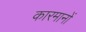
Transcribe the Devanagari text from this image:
कारमानों